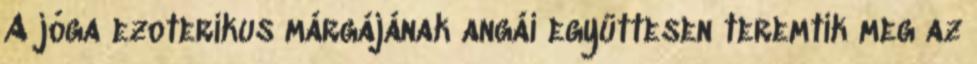
A jóga ezoterikus márgájának angái együttesen teremtik meg az